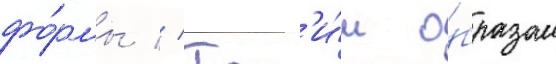
фо́рмы // Так'и́м о́бразом